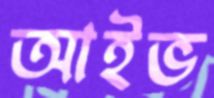
আইভ